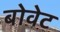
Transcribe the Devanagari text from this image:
बोवेट